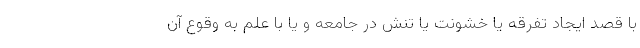
با قصد ایجاد تفرقه یا خشونت یا تنش در جامعه و یا با علم به وقوع آن